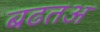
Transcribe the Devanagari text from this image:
बढतअ